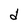
Character: d